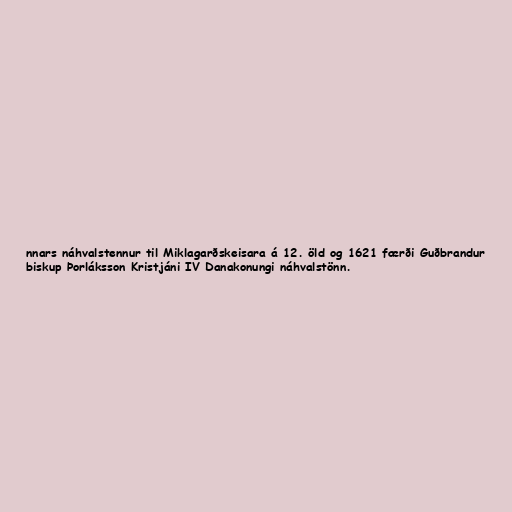
nnars náhvalstennur til Miklagarðskeisara á 12. öld og 1621 færði Guðbrandur
biskup Þorláksson Kristjáni IV Danakonungi náhvalstönn.